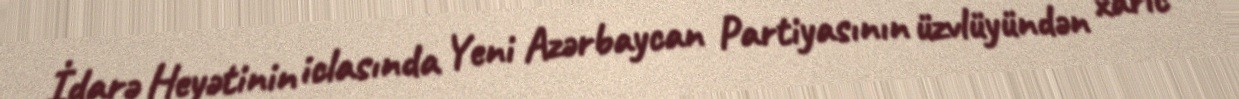
İdarə Heyətinin iclasında Yeni Azərbaycan Partiyasının üzvlüyündən xaric